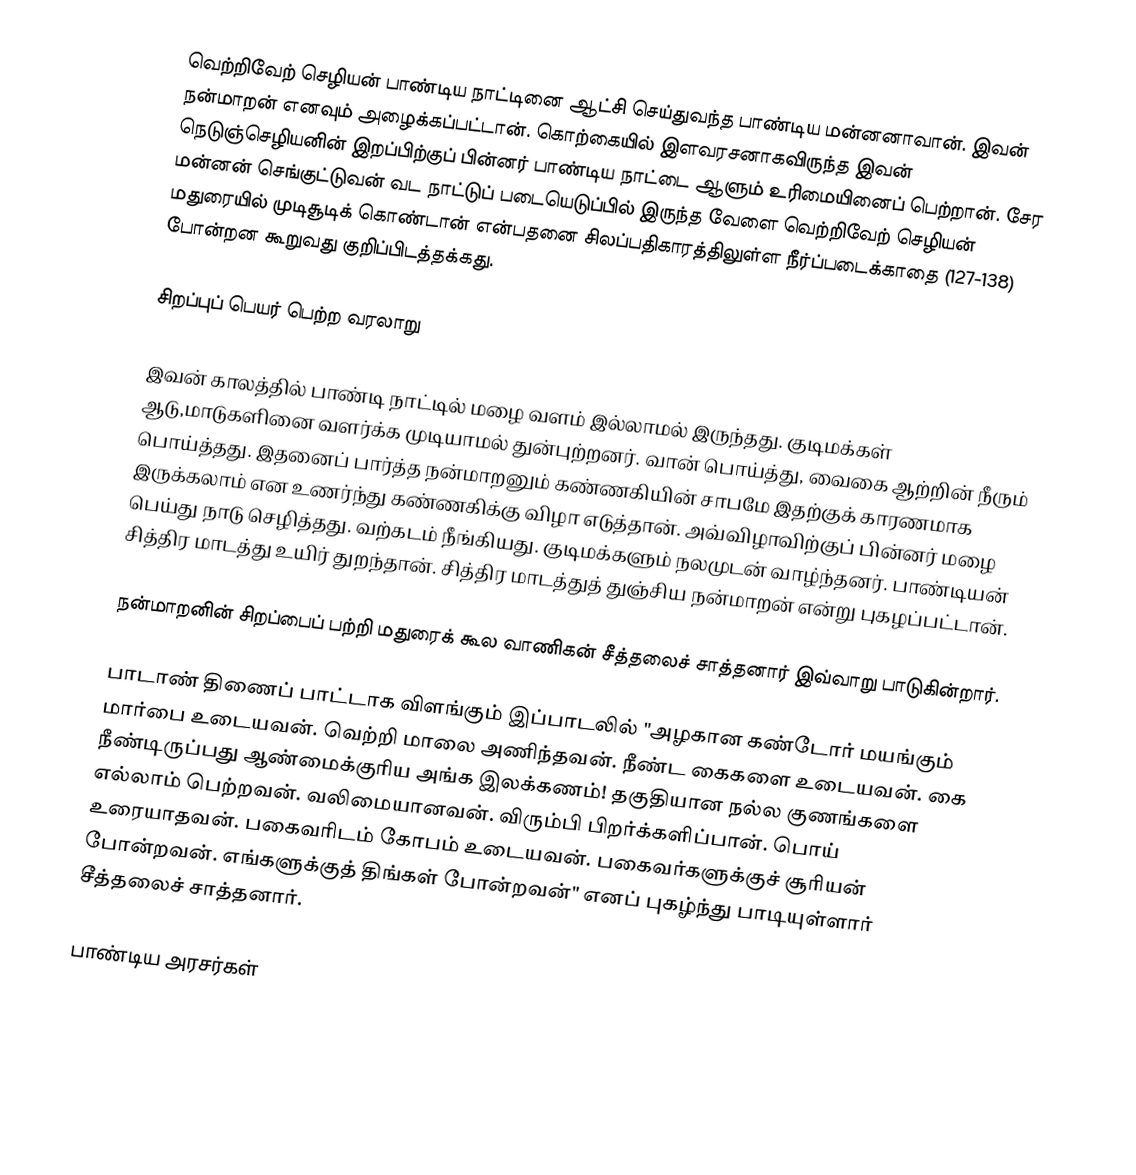
வெற்றிவேற் செழியன் பாண்டிய நாட்டினை ஆட்சி செய்துவந்த பாண்டிய மன்னனாவான். இவன் நன்மாறன் எனவும் அழைக்கப்பட்டான். கொற்கையில் இளவரசனாகவிருந்த இவன் நெடுஞ்செழியனின் இறப்பிற்குப் பின்னர் பாண்டிய நாட்டை ஆளும் உரிமையினைப் பெற்றான். சேர மன்னன் செங்குட்டுவன் வட நாட்டுப் படையெடுப்பில் இருந்த வேளை வெற்றிவேற் செழியன் மதுரையில் முடிசூடிக் கொண்டான் என்பதனை சிலப்பதிகாரத்திலுள்ள நீர்ப்படைக்காதை (127-138) போன்றன கூறுவது குறிப்பிடத்தக்கது.

சிறப்புப் பெயர் பெற்ற வரலாறு

இவன் காலத்தில் பாண்டி நாட்டில் மழை வளம் இல்லாமல் இருந்தது. குடிமக்கள் ஆடு,மாடுகளினை வளர்க்க முடியாமல் துன்புற்றனர். வான் பொய்த்து, வைகை ஆற்றின் நீரும் பொய்த்தது. இதனைப் பார்த்த நன்மாறனும் கண்ணகியின் சாபமே இதற்குக் காரணமாக இருக்கலாம் என உணர்ந்து கண்ணகிக்கு விழா எடுத்தான். அவ்விழாவிற்குப் பின்னர் மழை பெய்து நாடு செழித்தது. வற்கடம் நீங்கியது. குடிமக்களும் நலமுடன் வாழ்ந்தனர். பாண்டியன் சித்திர மாடத்து உயிர் துறந்தான். சித்திர மாடத்துத் துஞ்சிய நன்மாறன் என்று புகழப்பட்டான்.

நன்மாறனின் சிறப்பைப் பற்றி மதுரைக் கூல வாணிகன் சீத்தலைச் சாத்தனார் இவ்வாறு பாடுகின்றார்.

பாடாண் திணைப் பாட்டாக விளங்கும் இப்பாடலில் "அழகான கண்டோர் மயங்கும் மார்பை உடையவன். வெற்றி மாலை அணிந்தவன். நீண்ட கைகளை உடையவன். கை நீண்டிருப்பது ஆண்மைக்குரிய அங்க இலக்கணம்! தகுதியான நல்ல குணங்களை எல்லாம் பெற்றவன். வலிமையானவன். விரும்பி பிறர்க்களிப்பான். பொய் உரையாதவன். பகைவரிடம் கோபம் உடையவன். பகைவர்களுக்குச் சூரியன் போன்றவன். எங்களுக்குத் திங்கள் போன்றவன்" எனப் புகழ்ந்து பாடியுள்ளார் சீத்தலைச் சாத்தனார்.

பாண்டிய அரசர்கள்